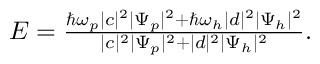
\begin{array} { r } { { \cal E } = \frac { \hbar \omega _ { p } \vert c \vert ^ { 2 } \vert \Psi _ { p } \vert ^ { 2 } + \hbar \omega _ { h } \vert d \vert ^ { 2 } \vert \Psi _ { h } \vert ^ { 2 } } { \vert c \vert ^ { 2 } \vert \Psi _ { p } \vert ^ { 2 } + \vert d \vert ^ { 2 } \vert \Psi _ { h } \vert ^ { 2 } } . } \end{array}